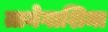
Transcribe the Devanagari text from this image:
तानेगाशिमा